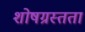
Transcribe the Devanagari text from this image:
शोषग्रस्तता